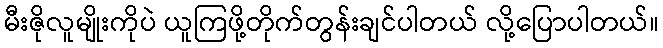
မီးဇိုလူမျိုးကိုပဲ ယူကြဖို့တိုက်တွန်းချင်ပါတယ် လို့ပြောပါတယ်။